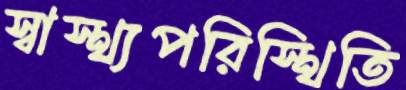
স্বাস্থ্যপরিস্থিতি